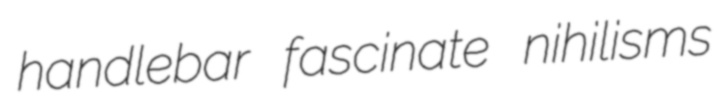
handlebar fascinate nihilisms